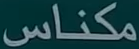
مكناس